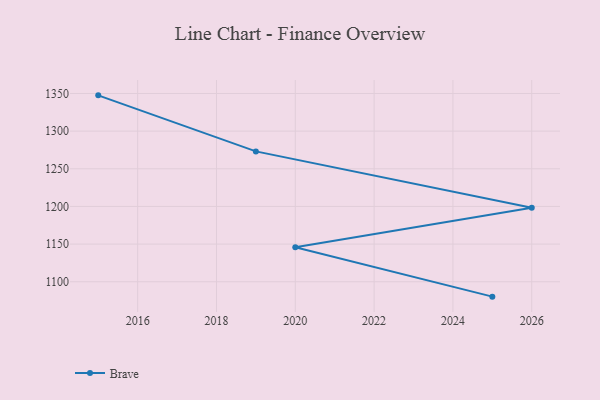
{"axis": {"x": "Year", "y": "Inventory Turnover"}, "legend": ["Brave"], "data": [{"x": "2025", "y": 1080.2, "type": "Brave"}, {"x": "2020", "y": 1145.9, "type": "Brave"}, {"x": "2026", "y": 1198.2, "type": "Brave"}, {"x": "2019", "y": 1273.1, "type": "Brave"}, {"x": "2015", "y": 1347.5, "type": "Brave"}]}